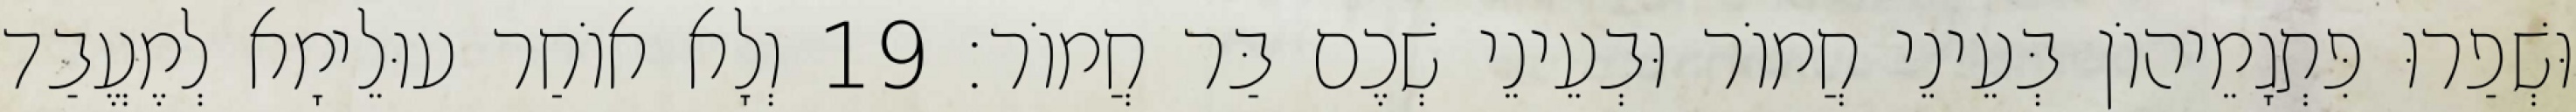
וּשְׁפַרוּ פִּתְגָמֵיהוֹן בְּעֵינֵי חֲמוֹר וּבְעֵינֵי שְׁכֶם בַּר חֲמוֹר׃ 19 וְלָא אוֹחַר עוּלֵימָא לְמֶעֱבַד